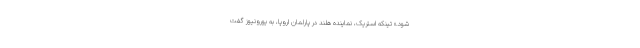
شود.» تینکه استریک، نماینده هلند در پارلمان اروپا، به یورونیوز گفت